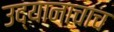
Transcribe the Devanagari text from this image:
उद्यानाचाच